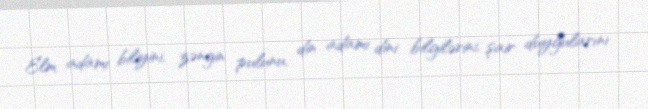
Elm adamı biliyini, zəngin pulunu, din adamı dini bilgilərini, şair duyğularını